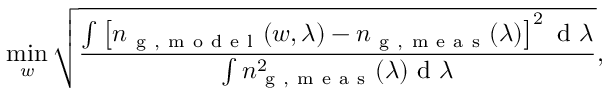
\operatorname* { m i n } _ { w } \sqrt { \frac { \int \left[ n _ { \mathrm { ~ g ~ , ~ m ~ o ~ d ~ e ~ l ~ } } ( w , \lambda ) - n _ { \mathrm { ~ g ~ , ~ m ~ e ~ a ~ s ~ } } ( \lambda ) \right] ^ { 2 } \mathrm { ~ d ~ } \lambda } { \int n _ { \mathrm { ~ g ~ , ~ m ~ e ~ a ~ s ~ } } ^ { 2 } ( \lambda ) \mathrm { ~ d ~ } \lambda } } ,